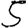
Digit: 5